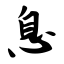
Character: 息